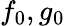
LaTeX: f_{0},g_{0}